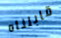
قابلناه